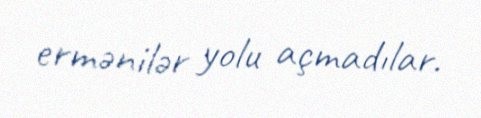
ermənilər yolu açmadılar.